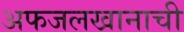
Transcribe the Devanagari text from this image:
अफजलखानाची